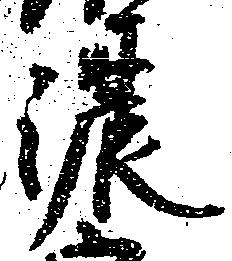
濃